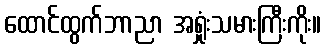
ထောင်ထွက်ဘာညာ အရှုံးသမားကြီးကိုး။